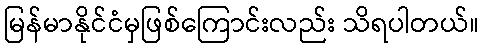
မြန်မာနိုင်ငံမှဖြစ်ကြောင်းလည်း သိရပါတယ်။